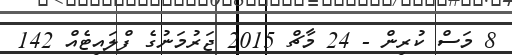
8 މަސް ކުރިން - 24 މާޗް 2015 ޖަރުމަނުގެ ފްލައިޓެއް 142